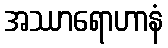
အဿာရောဟာနံ